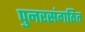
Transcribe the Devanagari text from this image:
पुनरसंगठित